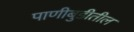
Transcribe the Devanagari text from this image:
पाणीबुडीतील